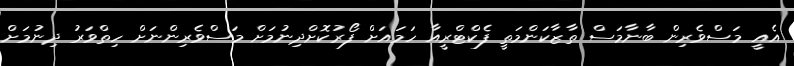
އެއީ މަސްވެރިން ބާނާމަސް ތާޒާކަންމަތީ ފެކްޓްރީއާ ހަމައަށް ފޯރުކޮށްދިނުމަށް މަސްވެރިންނަށް ހިތްވަރު ދިނުމަށް